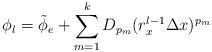
LaTeX: \begin{align*} \phi_l = \Tilde{\phi}_{e} + \sum_{m=1}^{k} D_{p_m} (r_x^{l-1} \Delta x)^{p_m}\end{align*}